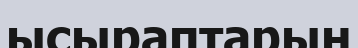
ысыраптарын